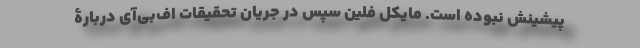
پیشینش نبوده است. مایکل فلین سپس در جریان تحقیقات اف‌بی‌آی دربارۀ